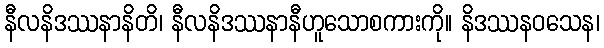
နီလနိဒဿနာနိတိ၊ နီလနိဒဿနာနီဟူသောစကားကို။ နိဒဿနဝသေန၊